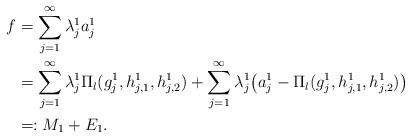
LaTeX: \begin{align*}f &=\sum_{j=1}^{\infty} \lambda_{j}^{1}a_{j}^{1}\\ &=\sum_{j=1}^{\infty} \lambda_{j}^{1} \Pi_{l}(g_{j}^{1},h_{j,1}^{1}, h_{j,2}^{1}) +\sum_{j=1}^{\infty} \lambda_{j}^{1}\big(a_{j}^{1} - \Pi_{l}(g_{j}^{1}, h_{j,1}^{1},h_{j,2}^{1}) \big)\\ &=: M_{1} + E_{1}.\end{align*}